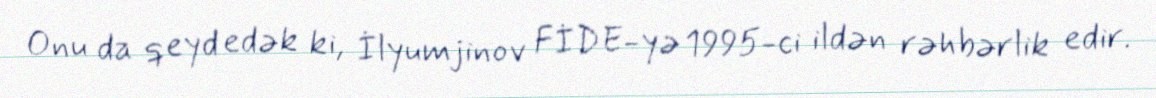
Onu da qeyd edək ki, İlyumjinov FİDE-yə 1995-ci ildən rəhbərlik edir.